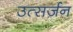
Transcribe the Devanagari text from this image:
उत्सर्ज़न